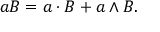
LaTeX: a B = a \cdot B + a \wedge B .